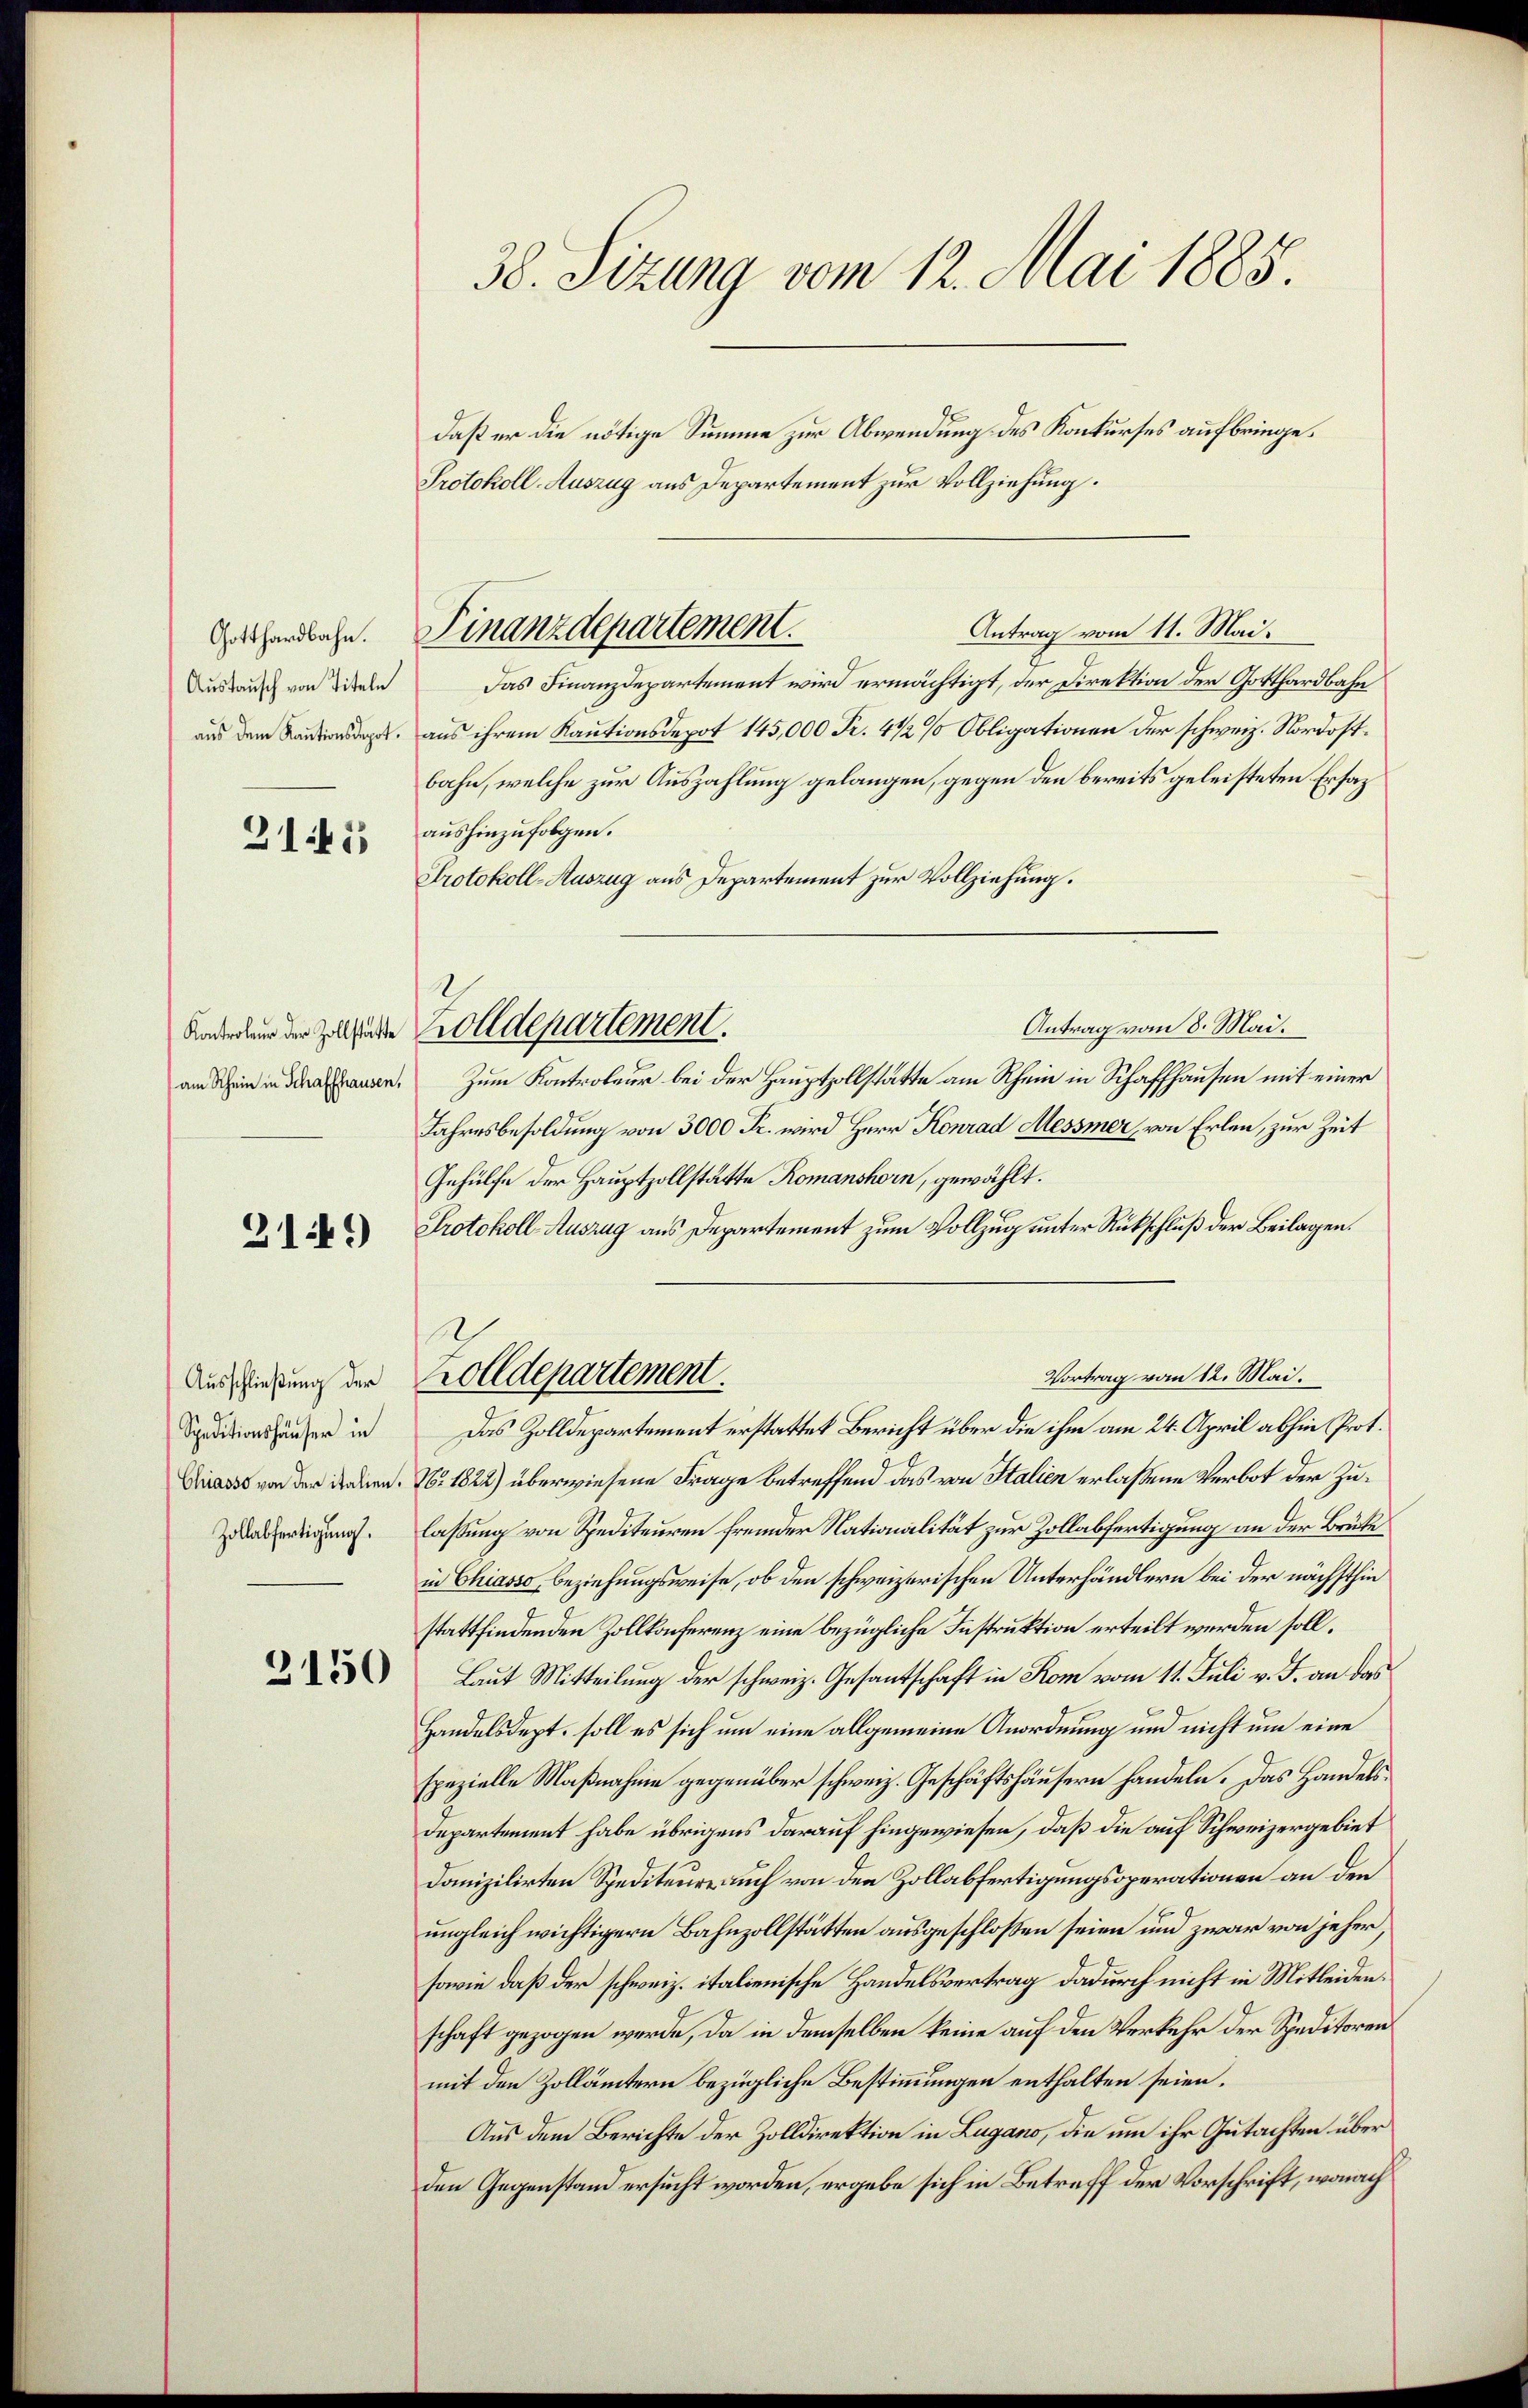
Gotthardbahn.
Austausch von Titeln
aus dem Kautionsdepot.

2145

Kontroleur der Zollstätte
am Schein in Schaffhausen,

3144)

Ausschließung der
Speditionshäuser in
Chiasso von der italien.
Zollabfertigung.

3150

38. Sizung vom 12. Mai 1885.

Finanzdepartement.

daß er die nötige Summe zur Abwendung des Konkurses aufbringe.
Protokoll-Auszug aus Departement zur Vollziehung.
Antrag vom 11. Mai.
Das Finanzdepartement wird ermächtigt, der Direktion der Gotthardbahn
aus ihrem Kautionsdepot 145,000 Fr. 4 1/2 % Obligationen der schweiz. Nordostbahn, welche zur Auszahlung gelangen, gegen den bereits geleisteten Ersatz
aushinzufolgen.
Protokoll-Auszug aus Departement zur Vollziehung.
Antrag vom 8. Mai.
Zum Kontroleur bei der Hauptzollstätte am Rhein in Schaffhausen mit einer
Jahresbesoldung von 3000 Fr. wird Herr Konrad Messner, von Erlen, zur Zeit
Gehülfe der Hauptzollstätte Romanshorn, gewählt.
Protokoll-Auszug aus Departement zum Vollzug unter Rückschluß der Beilagen.
Vortrag vom 12. Mai.
Zolldepartement.
Das Zolldepartement erstattet Bericht über die ihm am 24. April abhin Prot.
N. 1824) überwiesene Frage betreffend das von Italien erlassene Verbot der Zulassung von Spediteuren fremder Nationalität zur Zollabfertigung an der Brüte
in Chiasso, beziehungsweise, ob den schweizerischen Unterhändlern bei der nächsthin
stattfindenden Zollkonferenz eine bezügliche Instruktion erteilt werden soll.
Laut Mitteilung der schweiz. Gesantschaft in Rom vom 11. Juli v. J. an das
Handelsdept, soll es sich um eine allgemeine Anordnung und nicht um eine
spezielle Maßnahme gegenüber schweiz. Geschäftshäusern handeln. Das Handelsdepartement habe übrigens darauf hingewiesen, daß die auf Schweizergebiet
domizilirten Spediteur auch von den Zollabfertigungsoperationen an den
ungleich wichtigern Bahnzollstätten ausgeschlossen seien und zwar von jeher
sowie daß der schweiz. italienische Handelsvertrag dadurch nicht in Mitleidenschaft gezogen werde, da in demselben keine auf den Verkehr der Speditoren
mit den Zollämtern bezügliche Bestimmungen enthalten seien.
Aus dem Berichte der Zolldirektion in Lugano, die um ihr Gutachten über
den Gegenstand ersucht worden, ergebe sich in Betreff der Vorschrift, wonach

.
Zolldepartement.